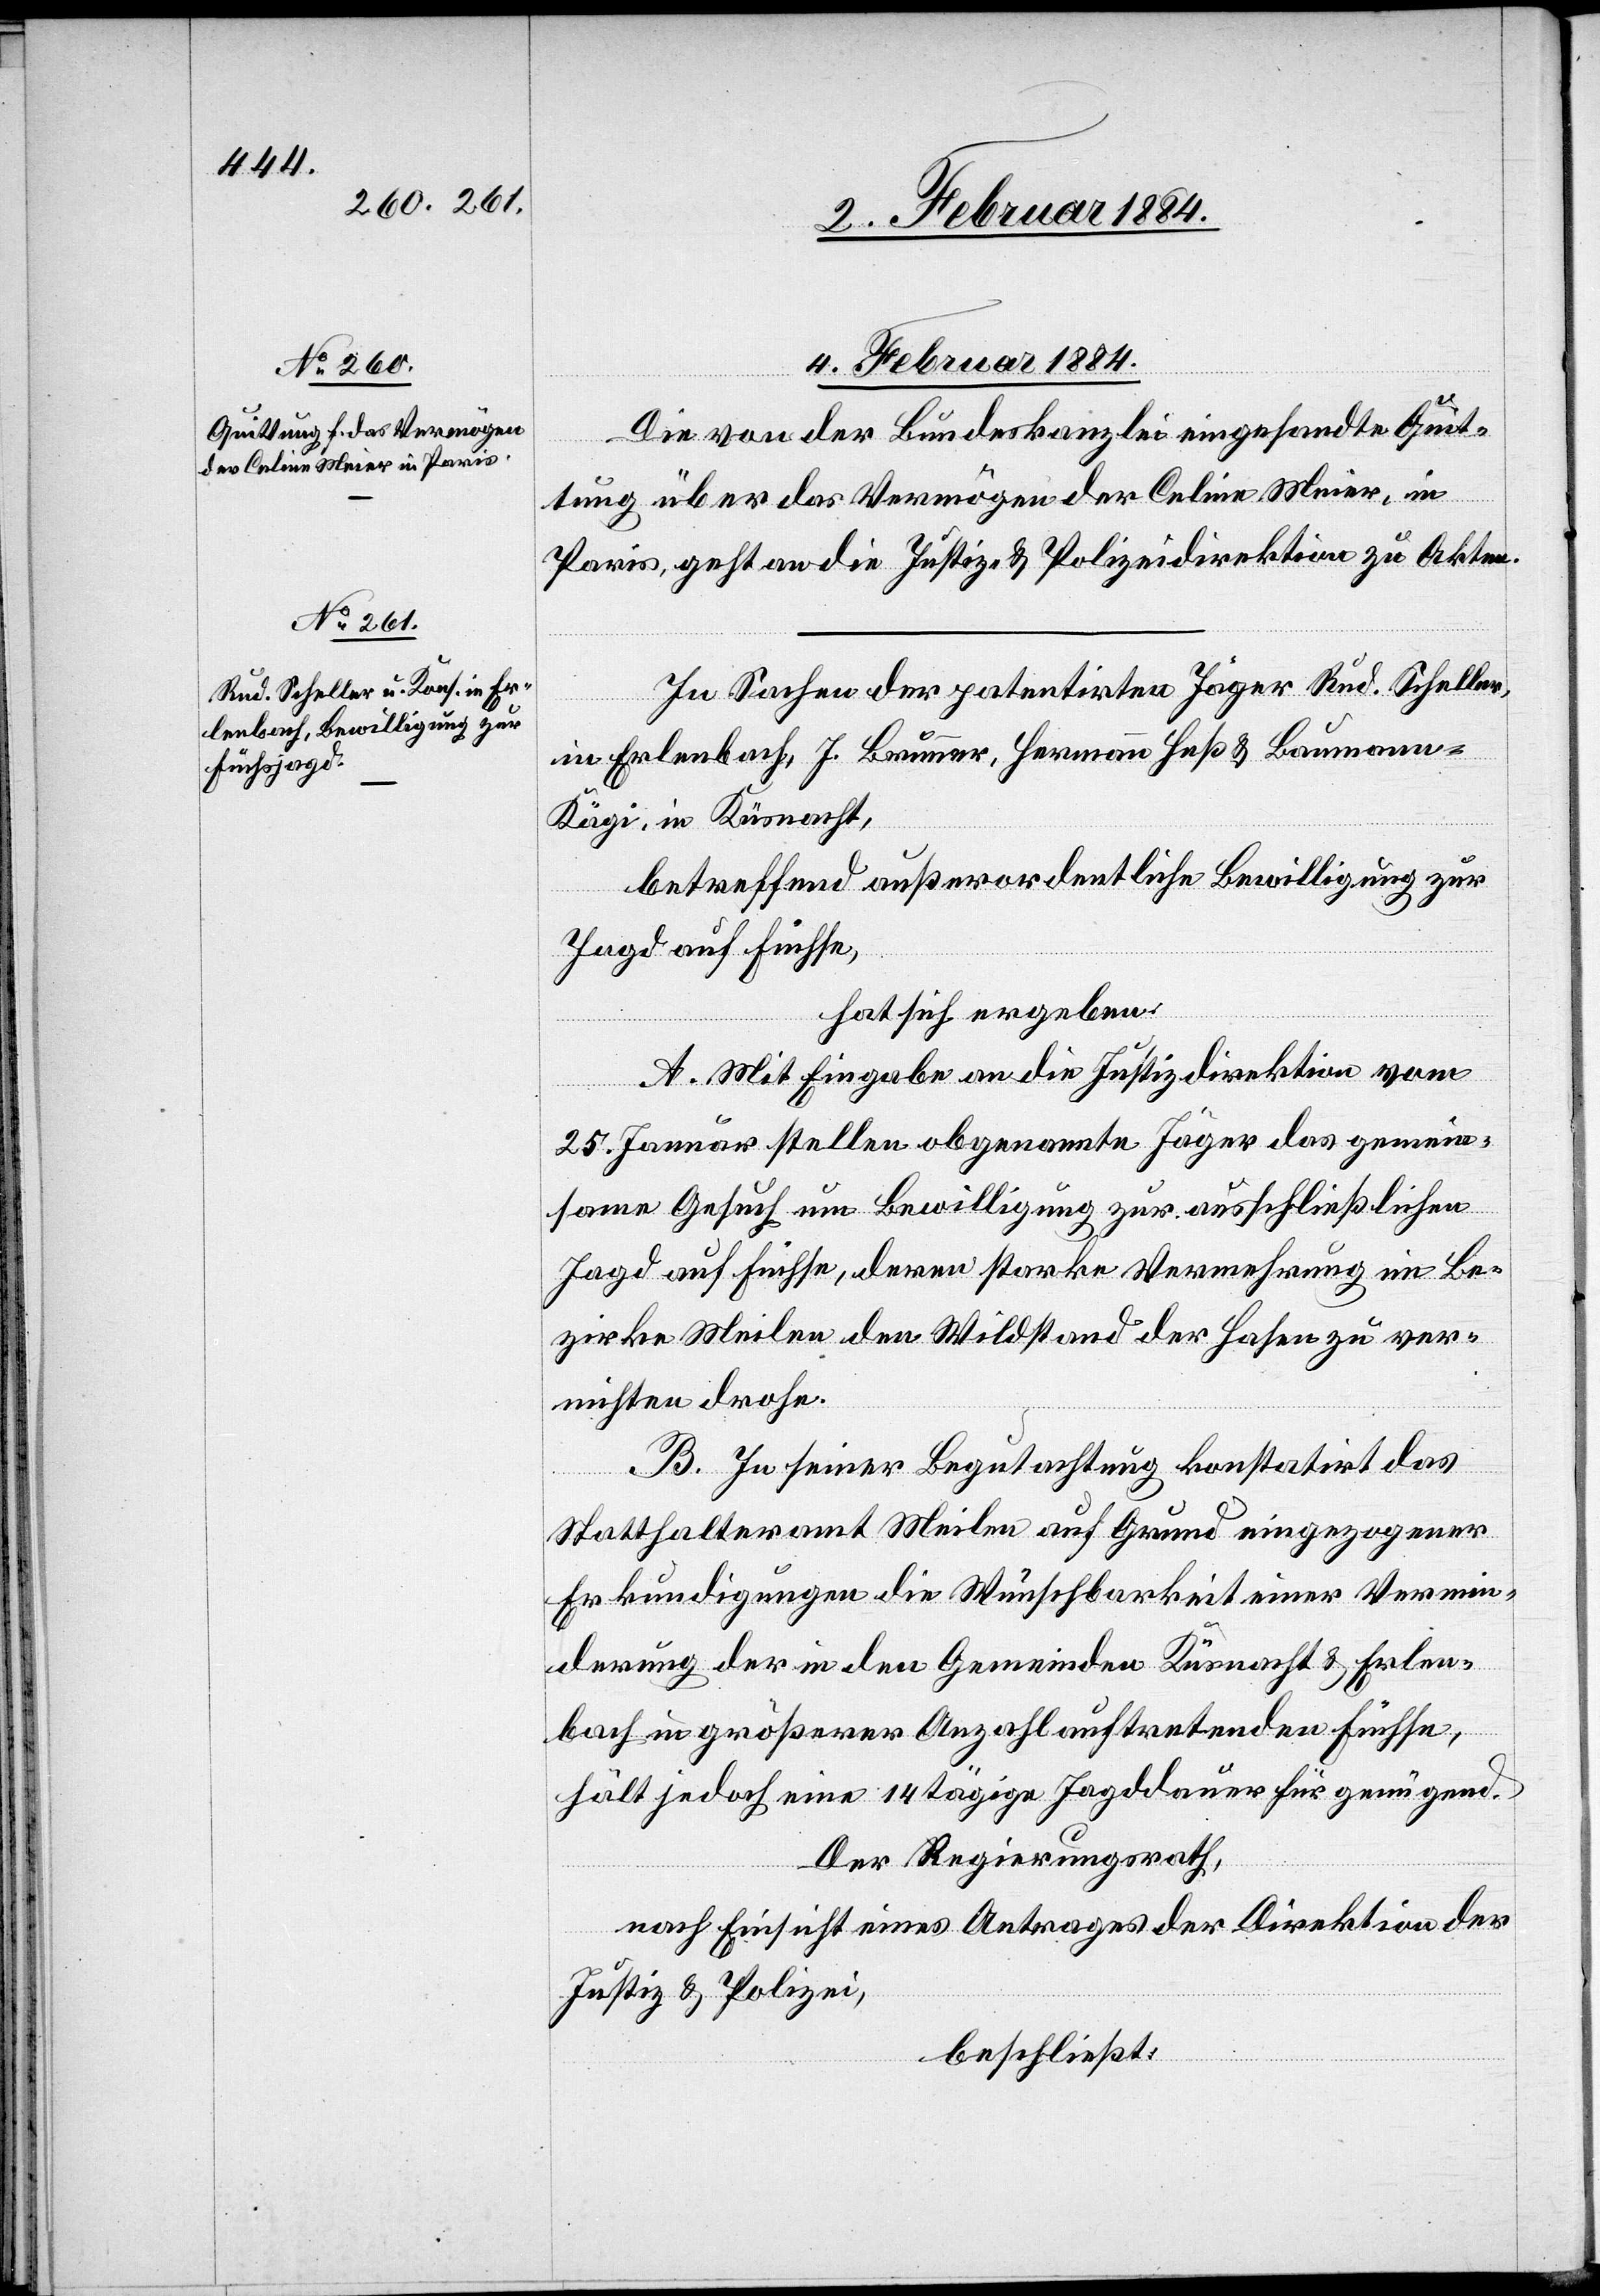
4. Februar 1884.]
Die von der Bundeskanzlei eingesandte Quit¬
tung über das Vermögen der Celine Meier, in
Paris, geht an die Justiz- & Polizeidirektion zu Akten.
In Sachen der patentirten Jäger Rud. Schneller,
in Erlenbach, J. Brunner, Hermann Heß & Bauman¬
n-Kägi, in Küsnacht,
betreffend außerordentliche Bewilligung zur
Jagd auf Füchse,
hat sich ergeben:
A. Mit Eingabe an die Justizdirektion vom
25. Januar stellen obgenannte Jäger das gemein¬
same Gesuch um Bewilligung zur ausschließlichen
Jagd auf Füchse, deren starke Vermehrung im Be¬
zirke Meilen den Wildstand der Hasen zu ver¬
nichten drohe.
B. In seiner Begutachtung konstatirt das
Statthalteramt Meilen auf Grund eingezogener
Erkundigungen die Wünschbarkeit einer Vermin¬
derung der in den Gemeinden Küsnacht & Erlen¬
bach in größerer Anzahl auftretenden Füchse,
hält jedoch eine 14tägige Jagddauer für genügend.
Der Regierungsrath,
nach Einsicht eines Antrages der Direktion der
Justiz & Polizei,
beschließt: